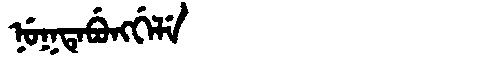
Manchu: ᠨᡠᡴᡨᡝᠪᡠᠩᡤᡝᠯᡝ
Romanization: NUKTEBUNGGELE